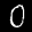
Label: 0